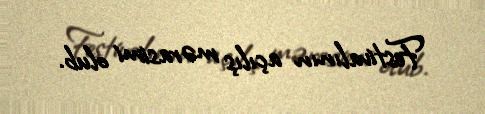
Festivalının açılış mərasimi olub.